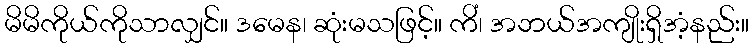
မိမိကိုယ်ကိုသာလျှင်။ ဒမေန၊ ဆုံးမသဖြင့်။ ကိံ၊ အဘယ်အကျိုးရှိအံ့နည်း။